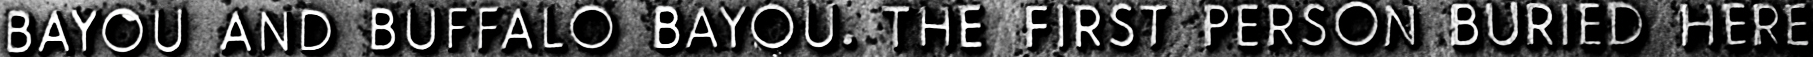
BAYOU AND BUFFALO BAYOU. THE FIRST PERSON BURIED HERE